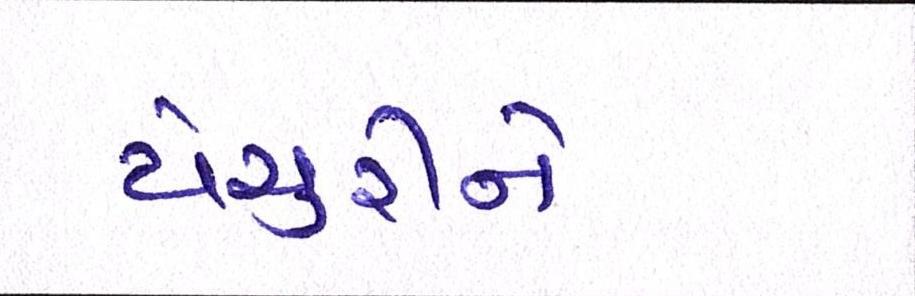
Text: યેચુરીને